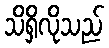
သိရှိလိုသည်